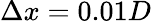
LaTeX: \Delta x=0.01D